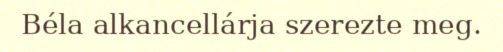
Béla alkancellárja szerezte meg.